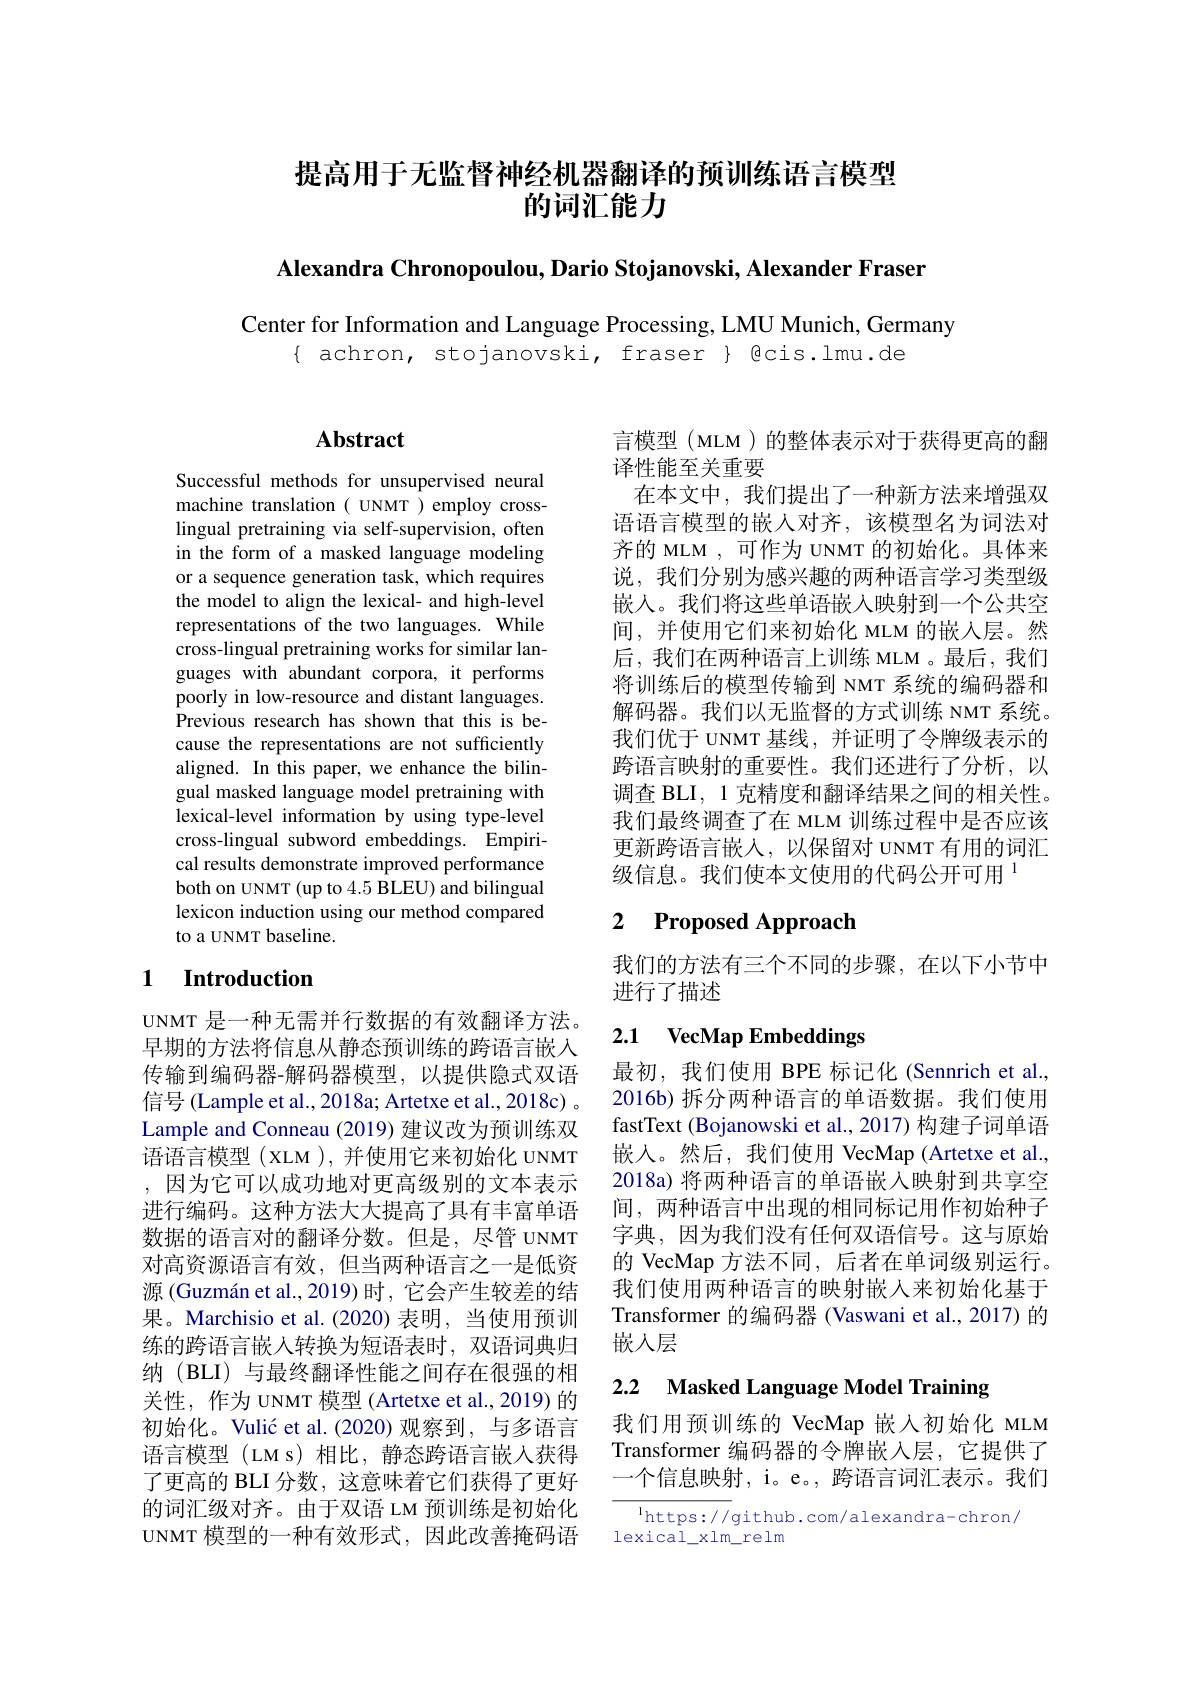
提高用于无监督神经机器翻译的预训练语言模型
的词汇能力

Alexandra Chronopoulou, Dario Stojanovski, Alexander Fraser

Center for Information and Language Processing, LMU Munich, Germany
$\{$ achron, stojanovski, fraser $\}$ @cis.lmu.de

## $\mathbf{Abstract}$

Successful methods for unsupervised neural machine translation( UNMT ) employ crosslingual pretraining via self-supervision, often in the form of a masked language modeling or a sequence generation task, which requires the model to align the lexical- and high-level representations of the two languages. While cross-lingual pretraining works for similar languages with abundant corpora, it performs poorly in low-resource and distant languages. Previous research has shown that this is because the representations are not sufficiently aligned. In this paper, we enhance the bilingual masked language model pretraining with lexical-level information by using type-level cross-lingual subword embeddings. Empirical results demonstrate improved performance both on UNMT (up to 4.5 BLEU) and bilingual lexicon induction using our method compared to a UNMT baseline.

## 1 $\textbf{Introduction}$

UNMT 是一种无需并行数据的有效翻译方法。早期的方法将信息从静态预训练的跨语言嵌入传输到编码器-解码器模型，以提供隐式双语信号 (Lample et al., 2018a; Artetxe et al., 2018c) 。Lample and Conneau (2019) 建议改为预训练双语语言模型 ( XLM ), 并使用它来初始化 UNMT ,因为它可以成功地对更高级别的文本表示进行编码。这种方法大大提高了具有丰富单语数据的语言对的翻译分数。但是，尽管 UNMT 对高资源语言有效，但当两种语言之一是低资源 (Guzmán et al., 2019) 时，它会产生较差的结果。Marchisio et al.(2020) 表明，当使用预训练的跨语言嵌入转换为短语表时，双语词典归纳 (BLI) 与最终翻译性能之间存在很强的相关性，作为 UNMT 模型 (Artetxe et al., 2019) 的初始化。Vulić et al.(2020)观察到，与多语言语言模型 (LM s)相比，静态跨语言嵌人获得了更高的 BLI 分数，这意味着它们获得了更好的词汇级对齐。由于双语 LM 预训练是初始化UNMT 模型的一种有效形式，因此改善掩码语

言模型 (MLM )的整体表示对于获得更高的翻
译性能至关重要
在本文中，我们提出了一种新方法来增强双语语言模型的嵌人对齐，该模型名为词法对齐的 MLM , 可作为 UNMT 的初始化。具体来说，我们分别为感兴趣的两种语言学习类型级嵌入。我们将这些单语嵌入映射到一个公共空间，并使用它们来初始化 MLM 的嵌入层。然后，我们在两种语言上训练 MLM 。最后，我们将训练后的模型传输到 NMT 系统的编码器和解码器。我们以无监督的方式训练 NMT 系统。我们优于 UNMT 基线，并证明了令牌级表示的跨语言映射的重要性。我们还进行了分析，以调查 BLI, 1 克精度和翻译结果之间的相关性。我们最终调查了在 MLM 训练过程中是否应该更新跨语言嵌入，以保留对 UNMT 有用的词汇级信息。我们使本文使用的代码公开可用$^{1}$

## 2 Proposed Approach

我们的方法有三个不同的步骤，在以下小节中
进行了描述

### 2.1 $\textbf{VecMap Embeddings}$

最初，我们使用 BPE 标记化 (Sennrich et al., 2016b) 拆分两种语言的单语数据。我们使用fastText (Bojanowski et al., 2017) 构建子词单语嵌入。然后，我们使用 VecMap (Artetxe et al., 2018a) 将两种语言的单语嵌入映射到共享空间，两种语言中出现的相同标记用作初始种子字典，因为我们没有任何双语信号。这与原始的 VecMap 方法不同，后者在单词级别运行。我们使用两种语言的映射嵌入来初始化基于Transformer 的编码器 (Vaswani et al., 2017) 的嵌人层

# 2.2 Masked Language Model Training

我们用预训练的 VecMap 嵌入初始化 MLM Transformer 编码器的令牌嵌入层，它提供了一个信息映射，i。e。,跨语言词汇表示。我们

$^{\mathrm{l}}$https://github.com/alexandra-chron/
lexical\_xlm\_relm